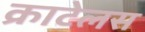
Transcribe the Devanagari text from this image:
क्राटेलस